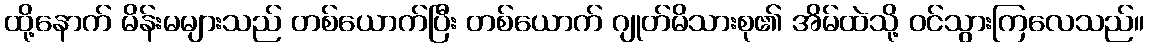
ထို့နောက် မိန်းမများသည် တစ်ယောက်ပြီး တစ်ယောက် ဂျုတ်မိသားစု၏ အိမ်ထဲသို့ ဝင်သွားကြလေသည်။